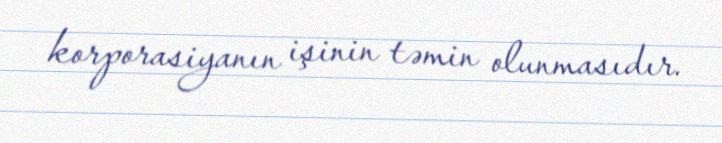
korporasiyanın işinin təmin olunmasıdır.